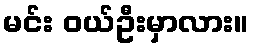
မင်း ဝယ်ဦးမှာလား။